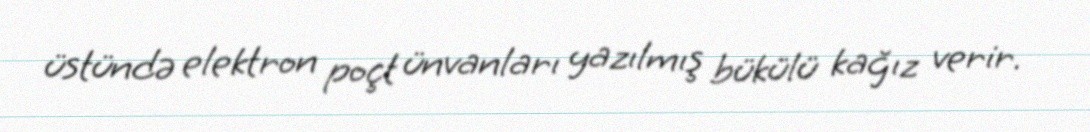
üstündə elektron poçt ünvanları yazılmış bükülü kağız verir.